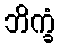
ဘိက္ခံ